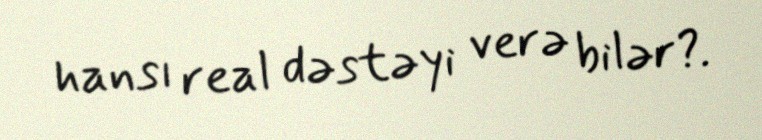
hansı real dəstəyi verə bilər?.